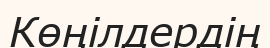
Көңілдердің